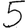
Digit: 5